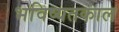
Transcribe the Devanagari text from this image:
भविष्यतकाल